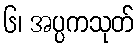
၆၊ အပ္ပကသုတ်